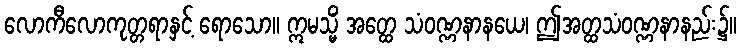
လောကီလောကုတ္တရာနှင့် ရောသော။ ဣမသ္မိံ အတ္ထေ သံဝဏ္ဏနာနယေ၊ ဤအတ္ထသံဝဏ္ဏနာနည်း၌။